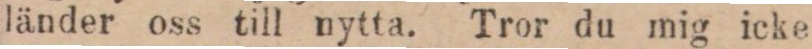
länder oss till nytta. Tror du mig icke